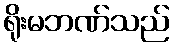
ရိုးမဘဏ်သည်